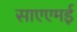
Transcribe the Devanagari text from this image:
साएएमई